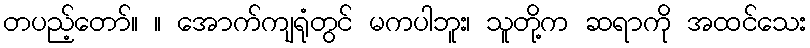
တပည့်တော်။ ။ အောက်ကျရုံတွင် မကပါဘူး၊ သူတို့က ဆရာကို အထင်သေး